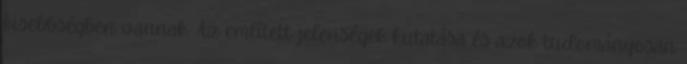
kisebbségben vannak. Az említett jelenségek kutatása és azok tudományosan